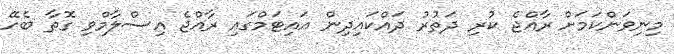
މިނިވަންކަމަށް ރާއްޖެ ކުރި ދަތުރު ދައްކައިދިން އައިޓަމްގައި ރާއްޖެ އިސްލާމްވި ގޮތާ ބެހޭ